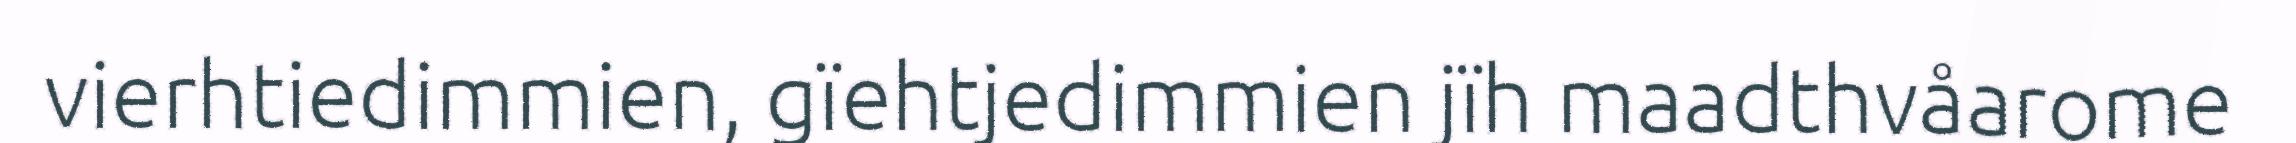
vierhtiedimmien, gïehtjedimmien jïh maadthvåarome